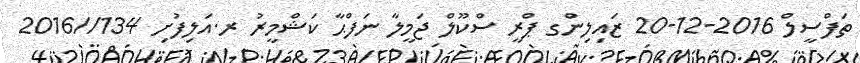
ތަފްސީލް 2016-12-20 ޒައިލިންގ ޕްރީ ސްކޫލް ޖަމީލާ ނަފްޙާ ކަޝްމީރު ރ.އަލިފުށި 134//2016